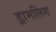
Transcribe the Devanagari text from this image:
ड्रामलिंग